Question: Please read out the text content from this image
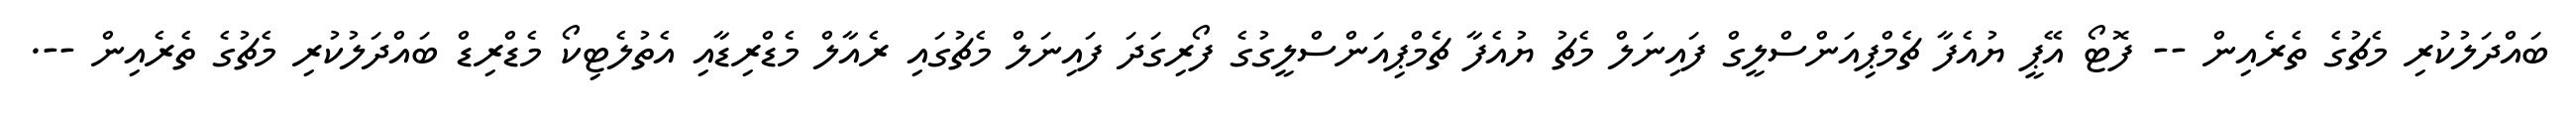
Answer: ބައްދަލުކުރި މެޗުގެ ތެރެއިން -- ފޮޓޯ އޭޕީ ޔުއެފާ ޗެމްޕިއަންސްލީގް ފައިނަލް މެޗު ޔުއެފާ ޗެމްޕިއަންސްލީގުގެ ފޯރިގަދަ ފައިނަލް މެޗުގައި ރެއާލް މެޑްރިޑާއި އެތުލެޓިކޯ މެޑްރިޑް ބައްދަލުކުރި މެޗުގެ ތެރެއިން --.